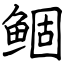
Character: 鲴